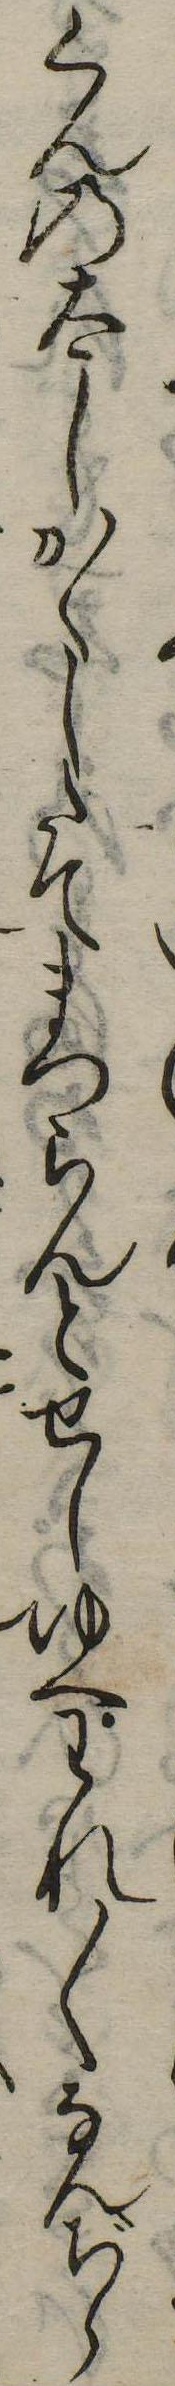
くんの太しかくしたてまつらんとせしゆへわれ〱なんぢら